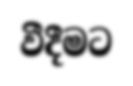
වීදීමට